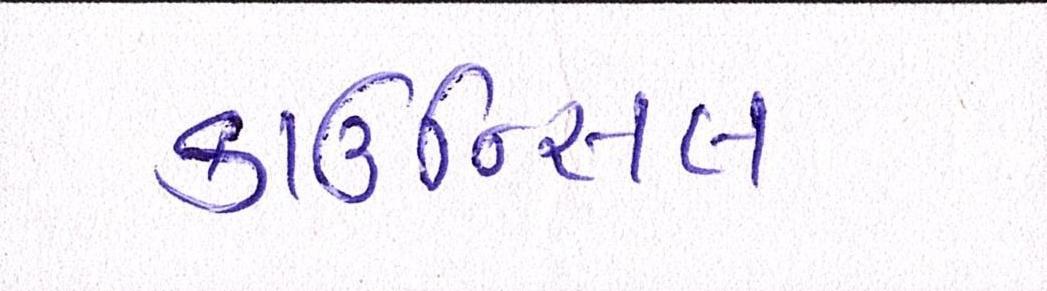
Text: કાઉન્સિલ